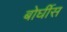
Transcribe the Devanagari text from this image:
बोर्घीस